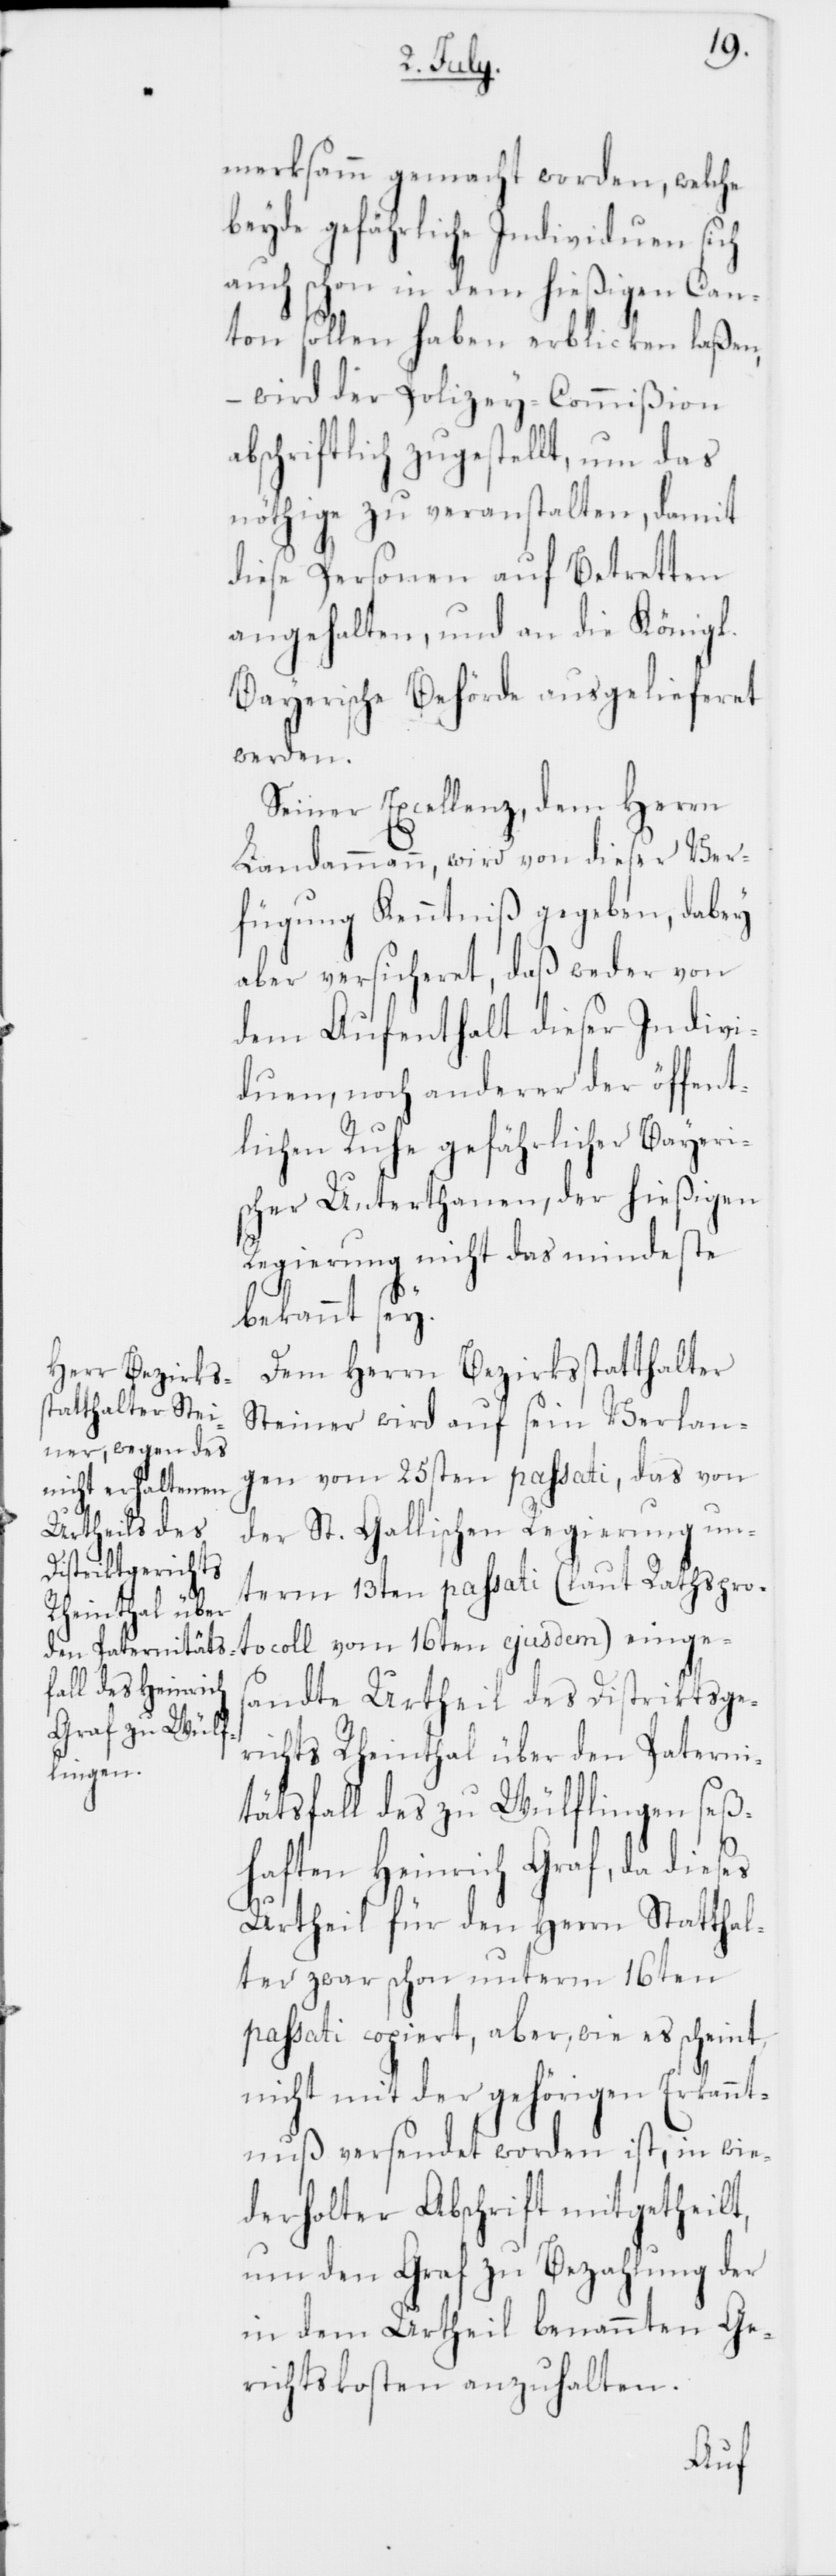
l.[-]B¬
merksamm gemacht worden, welche
beyde gefährliche Individuen sich
auch schon in dem hießigen Can¬
ton sollen haben erblicken laßen,
– wird der Polizey-Commißion
abschriftlich zugestellt, um das
Nöthige zu veranstalten, damit
diese Personen auf Betretten
angehalten, und an die König¬
ayerische Behörde ausgelieferet
werden.
Seiner Excellenz, dem Herrn
Landammann, wird von dieser Ver¬
fügung Kenntniß gegeben, dabey
aber versicheret, daß weder von
dem Aufenthalt dieser Indivi¬
duen, noch anderer der öffent¬
lichen Ruhe gefährlicher Bayeri¬
scher Unterthanen, der hießigen
Regierung nicht das mindeste
bekannt sey.
Dem Herrn Bezirksstatthalter
Steiner wird auf sein Verlan¬
gen vom 25sten passati, das von
der St. Gallischen Regierung un¬
term 13ten passati (laut Rathspro¬
tocoll vom 16ten ejusdem) einges¬
andte Urtheil des Distriktsge¬
richts Rheinthal über den Paterni¬
tätsfall des zu Wülflingen seß¬
haften Heinrich Graf, da dieses
Urtheil für den Herrn Statthal¬
ter zwar schon unterm 16ten
passati copiert, aber wie es scheint,
nicht mit der gehörigen Erkannt¬
nuß versendet worden ist, in wie¬
derholter Abschrift mitgetheilt,
um den Graf zu Bezahlung der
in dem Urtheil benannten Ge¬
richtskosten anzuhalten.